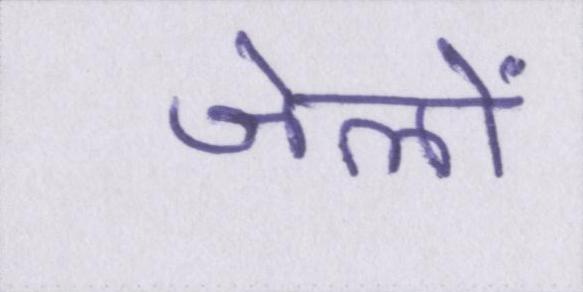
जेलों